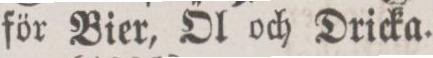
för Bier, Öl och Dricka.